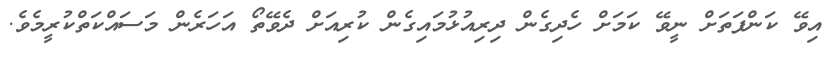
އިވޭ ކަންފަތަށް ނީވޭ ކަމަށް ހެދިގެން ދިރިއުޅުމައިގެން ކުރިއަށް ދެވޭތޯ އަހަރެން މަސައްކަތްކުރީމެވެ.